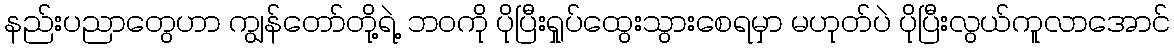
နည်းပညာတွေဟာ ကျွန်တော်တို့ရဲ့ ဘဝကို ပိုပြီးရှုပ်ထွေးသွားစေရမှာ မဟုတ်ပဲ ပိုပြီးလွယ်ကူလာအောင်